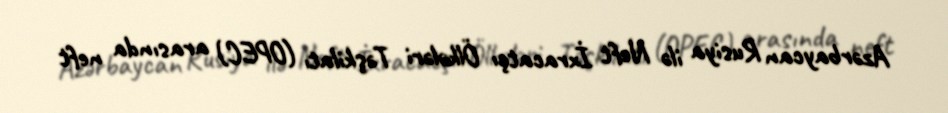
Azərbaycan Rusiya ilə Neft İxracatçı Ölkələri Təşkilatı (OPEC) arasında neft